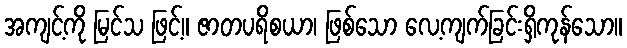
အကျင့်ကို မြင်သ ဖြင့်။ ဇာတပရိစယာ၊ ဖြစ်သော လေ့ကျက်ခြင်းရှိကုန်သော။